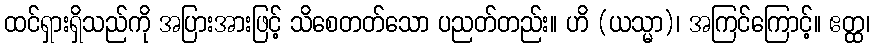
ထင်ရှားရှိသည်ကို အပြားအားဖြင့် သိစေတတ်သော ပညတ်တည်း။ ဟိ (ယသ္မာ)၊ အကြင်ကြောင့်။ ဧတ္ထ၊